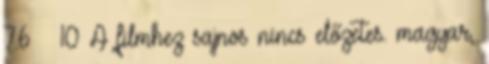
7.6 10 A filmhez sajnos nincs előzetes. magyar,